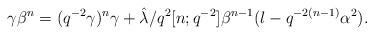
LaTeX: \begin{align*}\gamma \beta^{n} = (q^{-2} \gamma)^{n} \gamma + \hat{\lambda}/q^{2} [n;q^{-2}]\beta^{n-1} (l-q^{-2(n-1)} \alpha^{2}).\end{align*}